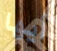
أيها